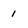
Character: 1